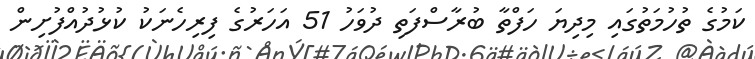
ކަމުގެ ތުހުމަތުގައި މިދިޔަ ހަފްތާ ބުރާސްފަތި ދުވަހު 51 އަހަރުގެ ފިރިހެނަކު ކުޅުދުއްފުށިން